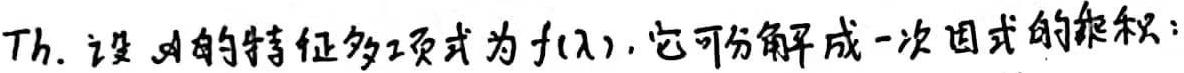
Th. 设 $\mathscr{A}$ 的特征多项式为 $f(\lambda)$, 它可分解成一次因式的乘积: